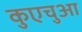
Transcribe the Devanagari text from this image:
कुएचुआ